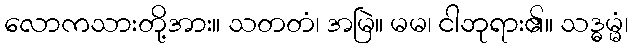
လောကသားတို့အား။ သတတံ၊ အမြဲ။ မမ၊ ငါဘုရား၏။ သဒ္ဓမ္မံ၊